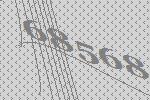
68568